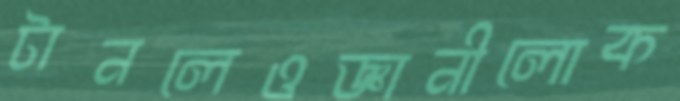
টানলেওজ্ঞানীলোক